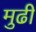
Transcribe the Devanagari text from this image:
मुढी